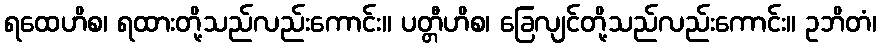
ရထေဟိစ၊ ရထားတို့သည်လည်းကောင်း။ ပတ္တီဟိစ၊ ခြေလျင်တို့သည်လည်းကောင်း။ ဥဘိတံ၊